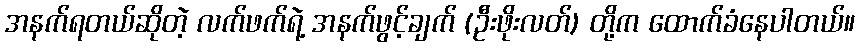
အနက်ရတယ်ဆိုတဲ့ လက်ဖက်ရဲ့ အနက်ဖွင့်ချက် (ဦးဖိုးလတ်) တို့က ထောက်ခံနေပါတယ်။